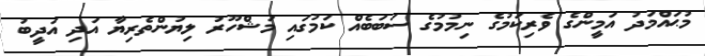
މުޙައްމަދު އަމީންގެ ވެރިކަމުގެ ނިމުމުގެ ސަބަބެއް ކަމުގައި މަޝްހޫރު ލިޔުންތެރިޔާ އަދި އަދީބު